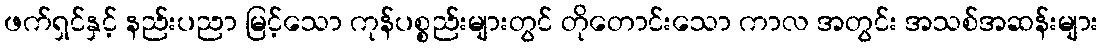
ဖက်ရှင်နှင့် နည်းပညာ မြင့်သော ကုန်ပစ္စည်းများတွင် တိုတောင်းသော ကာလ အတွင်း အသစ်အဆန်းများ